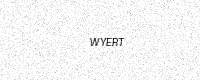
Text: WYERT